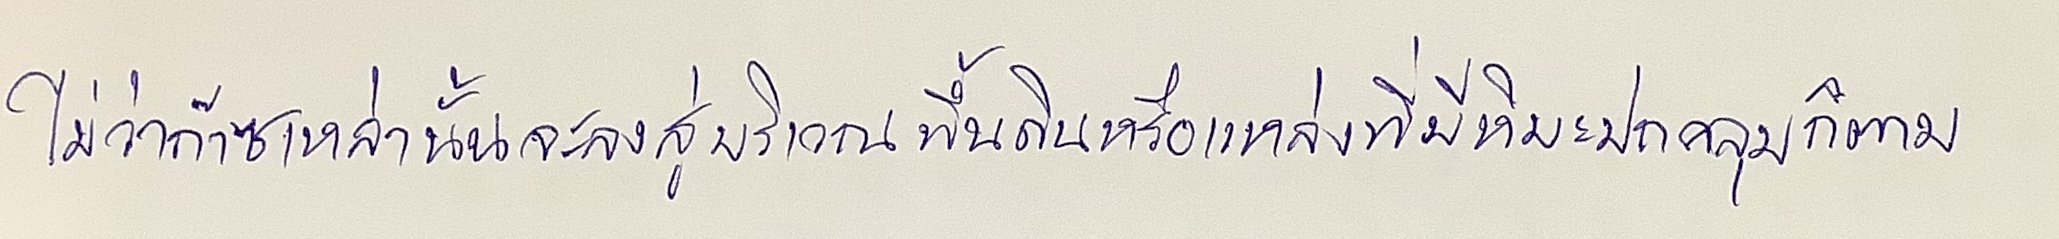
ไม่ว่าก๊าซเหล่านั้นจะลงสู่บริเวณพื้นดินหรือแหล่งที่มีหิมะปกคลุมก็ตาม